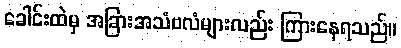
ခေါင်းထဲမှ အခြားအသံဗလံများလည်း ကြားနေရသည်။